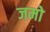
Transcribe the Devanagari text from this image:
जमो